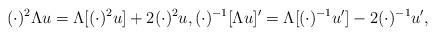
LaTeX: \begin{align*}(\cdot)^2 \Lambda u = \Lambda [(\cdot)^2 u] + 2 (\cdot)^2 u, (\cdot)^{-1} [\Lambda u]' = \Lambda [(\cdot)^{-1} u'] - 2 (\cdot)^{-1} u',\end{align*}